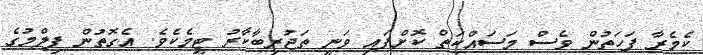
ކެމެރާ ފަހަތުން ވެސް މަސައްކަތް ކޮށްފައި ވަނީ ތަޖުރިބާކާރު ޓީމެކެވެ. އެގޮތުން ފިލްމުގެ